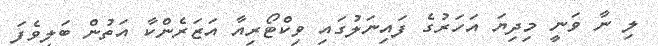
ލި ނާ ވަނީ މިދިޔަ އަހަރުގެ ފައިނަލުގައި ވިކްޓޯރިއާ އަޒަރެންކާ އަތުން ބަލިވެފަ